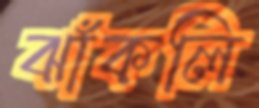
ঝাঁকলি